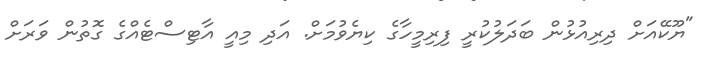
"ޔޫކޭއަށް ދިރިއުޅުން ބަދަލުކުރީ ފިރިމީހާގެ ކިޔެވުމަށް. އަދި މިއީ އާޓިސްޓެއްގެ ގޮތުން ވަރަށް